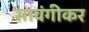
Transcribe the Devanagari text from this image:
सावंगीकर